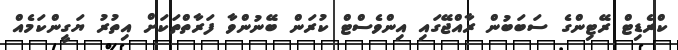
ކްރެޑިޓް ރޭޓިންގެ ސަބަބުން ރާއްޖޭގައި އިންވެސްޓް ކުރަން ބޭނުންވާ ފަރާތްތަކަށް އިތުރު ޔަގީންކަމެއް